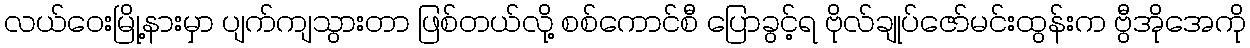
လယ်ဝေးမြို့နားမှာ ပျက်ကျသွားတာ ဖြစ်တယ်လို့ စစ်ကောင်စီ ပြောခွင့်ရ ဗိုလ်ချုပ်ဇော်မင်းထွန်းက ဗွီအိုအေကို